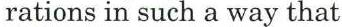
rations in such a way that